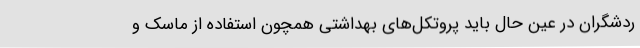
ردشگران در عین حال باید پروتکل‌های بهداشتی همچون استفاده از ماسک و